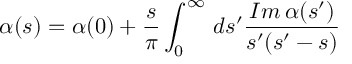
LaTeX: \alpha ( s ) = \alpha ( 0 ) + \frac { s } { \pi } \int _ { 0 } ^ { \infty } \, d s ^ { \prime } \frac { { \cal I } m \, \alpha ( s ^ { \prime } ) } { s ^ { \prime } ( s ^ { \prime } - s ) }